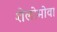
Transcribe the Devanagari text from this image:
शेलोमोवा